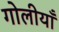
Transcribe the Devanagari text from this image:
गोलीयाँ